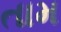
તામ